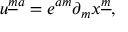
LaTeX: u ^ { { \underline { { m } } } a } = e ^ { a m } \partial _ { m } x ^ { \underline { { m } } } ,